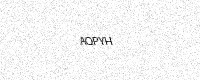
Text: AQPYH